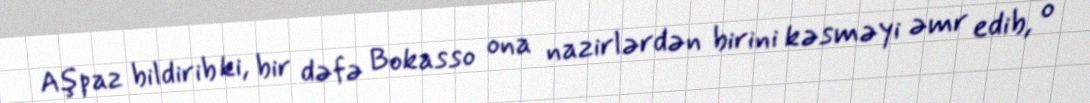
Aşpaz bildirib ki, bir dəfə Bokasso ona nazirlərdən birini kəsməyi əmr edib, o